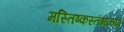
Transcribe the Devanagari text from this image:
मस्तिष्कस्तंभाच्या